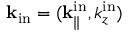
{ \bf k } _ { \mathrm { i n } } = ( { \bf k } _ { \parallel } ^ { \mathrm { i n } } , k _ { z } ^ { \mathrm { i n } } )